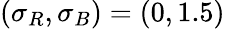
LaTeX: (\sigma_{R},\sigma_{B})=(0,1.5)